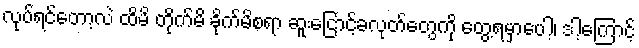
လုပ်ရင်တော့လဲ ထိမိ တိုက်မိ ခိုက်မိစရာ ဆူးငြောင့်ခလုတ်တွေကို တွေ့ရမှာပေါ့၊ ဒါ့ကြောင့်